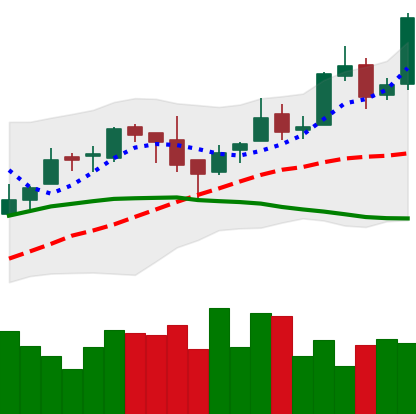
Ticker: BTC-USD
Chart end date: 2016-04-19
Forward return: 5.292%
Label: up_5_7